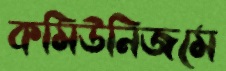
কমিউনিজমে